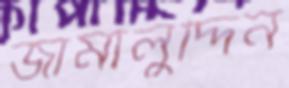
জামালুদ্দিন